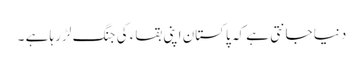
دنیا جانتی ہے کہ پاکستان اپنی بقاء کی جنگ لڑ رہا ہے ۔